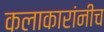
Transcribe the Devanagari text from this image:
कलाकारांनीच